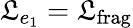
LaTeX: \mathfrak{L}_{e_{1}}=\mathfrak{L}_{\mathrm{{frag}}}